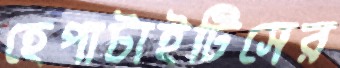
হেপাটাইটিসের